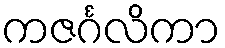
ကဇင်္ဂလိကာ